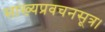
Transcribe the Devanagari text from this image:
सांख्यप्रवचनसूत्र।